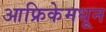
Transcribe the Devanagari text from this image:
आफ्रिकेमधून